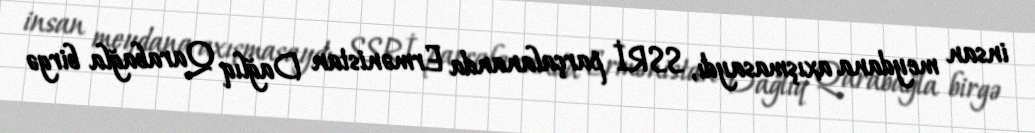
insan meydana axışmasaydı, SSRİ parçalananda Ermənistan Dağlıq Qarabağla birgə